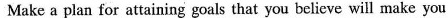
Make a plan for attaining goals that you believe will make you